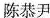
陈恭尹